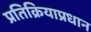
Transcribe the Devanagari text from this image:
प्रतिक्रियाप्रधान